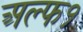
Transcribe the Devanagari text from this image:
अल्फ१